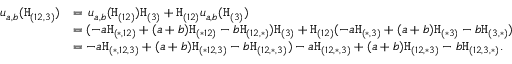
\begin{array} { r l } { u _ { a , b } ( \mathtt { H } _ { ( 1 2 , 3 ) } ) } & { = \, u _ { a , b } ( \mathtt { H } _ { ( 1 2 ) } ) \mathtt { H } _ { ( 3 ) } + \mathtt { H } _ { ( 1 2 ) } u _ { a , b } ( \mathtt { H } _ { ( 3 ) } ) } \\ & { = ( - a \mathtt { H } _ { ( \ast , 1 2 ) } + ( a + b ) \mathtt { H } _ { ( \ast 1 2 ) } - b \mathtt { H } _ { ( 1 2 , \ast ) } ) \mathtt { H } _ { ( 3 ) } + \mathtt { H } _ { ( 1 2 ) } ( - a \mathtt { H } _ { ( \ast , 3 ) } + ( a + b ) \mathtt { H } _ { ( \ast 3 ) } - b \mathtt { H } _ { ( 3 , \ast ) } ) } \\ & { = - a \mathtt { H } _ { ( \ast , 1 2 , 3 ) } + ( a + b ) \mathtt { H } _ { ( \ast 1 2 , 3 ) } - b \mathtt { H } _ { ( 1 2 , \ast , 3 ) } ) - a \mathtt { H } _ { ( 1 2 , \ast , 3 ) } + ( a + b ) \mathtt { H } _ { ( 1 2 , \ast 3 ) } - b \mathtt { H } _ { ( 1 2 , 3 , \ast ) } . } \end{array}